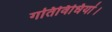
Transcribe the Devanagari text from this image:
गतिविधियां।